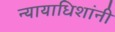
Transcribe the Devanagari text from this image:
न्यायाधिशांनी